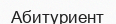
Абитуриент